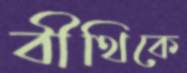
বীথিকে